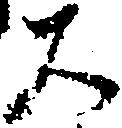
大